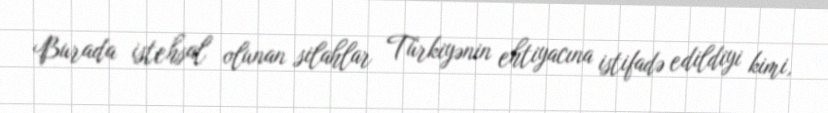
Burada istehsal olunan silahlar Türkiyənin ehtiyacına istifadə edildiyi kimi,